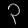
Digit: ၃